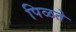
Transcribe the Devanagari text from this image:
पिळते